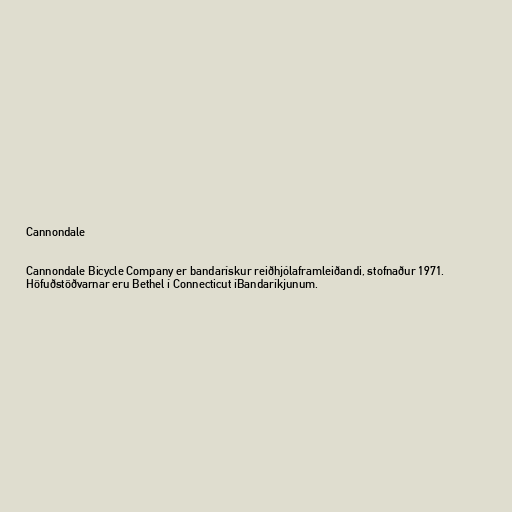
Cannondale

Cannondale Bicycle Company er bandarískur reiðhjólaframleiðandi, stofnaður 1971.
Höfuðstöðvarnar eru Bethel í Connecticut íBandaríkjunum.